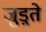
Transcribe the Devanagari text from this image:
जुड़्ते